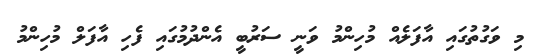
މި ވަގުތުގައި އާފަލެއް މުހިންމު ވަނީ ސަރުބީ އެންދުމުގައި ފެހި އާފަލް މުހިންމު